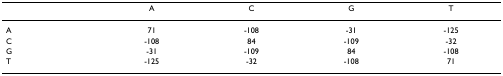
<table><thead><tr><td></td><td><b>A</b></td><td><b>C</b></td><td><b>G</b></td><td><b>T</b></td></tr></thead><tbody><tr><td>A</td><td>71</td><td>-108</td><td>-31</td><td>-125</td></tr><tr><td>C</td><td>-108</td><td>84</td><td>-109</td><td>-32</td></tr><tr><td>G</td><td>-31</td><td>-109</td><td>84</td><td>-108</td></tr><tr><td>T</td><td>-125</td><td>-32</td><td>-108</td><td>71</td></tr></tbody></table>